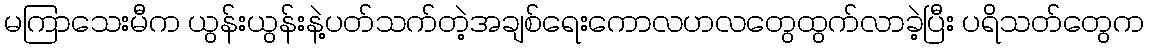
မကြာသေးမီက ယွန်းယွန်းနဲ့ပတ်သက်တဲ့အချစ်ရေးကောလဟလတွေထွက်လာခဲ့ပြီး ပရိသတ်တွေက